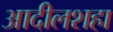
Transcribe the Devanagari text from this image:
आदीलशहा